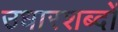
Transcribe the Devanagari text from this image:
उधारशब्दों